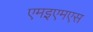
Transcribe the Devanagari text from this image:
एमइएमएस